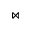
\bowtie